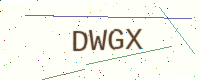
Text: DWGX